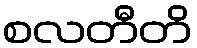
စလတီတိ